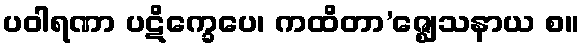
ပဝါရဏာ ပဋိက္ခေပေ၊ ကထိတာ’ဇ္ဈေသနာယ စ။